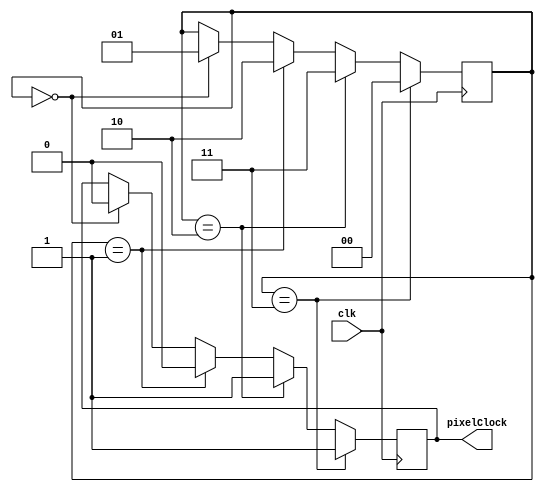
module Pixel(
        output reg pixelClock,
        input clk
        );
        reg [1:0] state;
        always@(posedge clk)
        begin
            if(state==0) 
            begin
                state<=1;
                pixelClock<=0;
            end
            if(state==1) 
            begin
                pixelClock<=0;
                state<=2;
            end
            if(state==2)
            begin
                pixelClock<=1;
                state<=3;
            end
            if(state==3)
            begin
                pixelClock<=1;
                state<=0;
            end
        end
endmodule